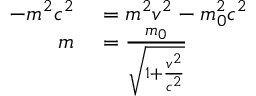
\begin{array} { r l } { - m ^ { 2 } c ^ { 2 } } & { { } = m ^ { 2 } v ^ { 2 } - m _ { 0 } ^ { 2 } c ^ { 2 } } \\ { m } & { { } = { \frac { m _ { 0 } } { \sqrt { 1 + { \frac { v ^ { 2 } } { c ^ { 2 } } } } } } } \end{array}